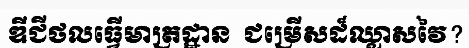
ឌីជីថលធ្វើមាត្រដ្ឋាន  ជម្រើសដ៏ឈ្លាសវៃ?